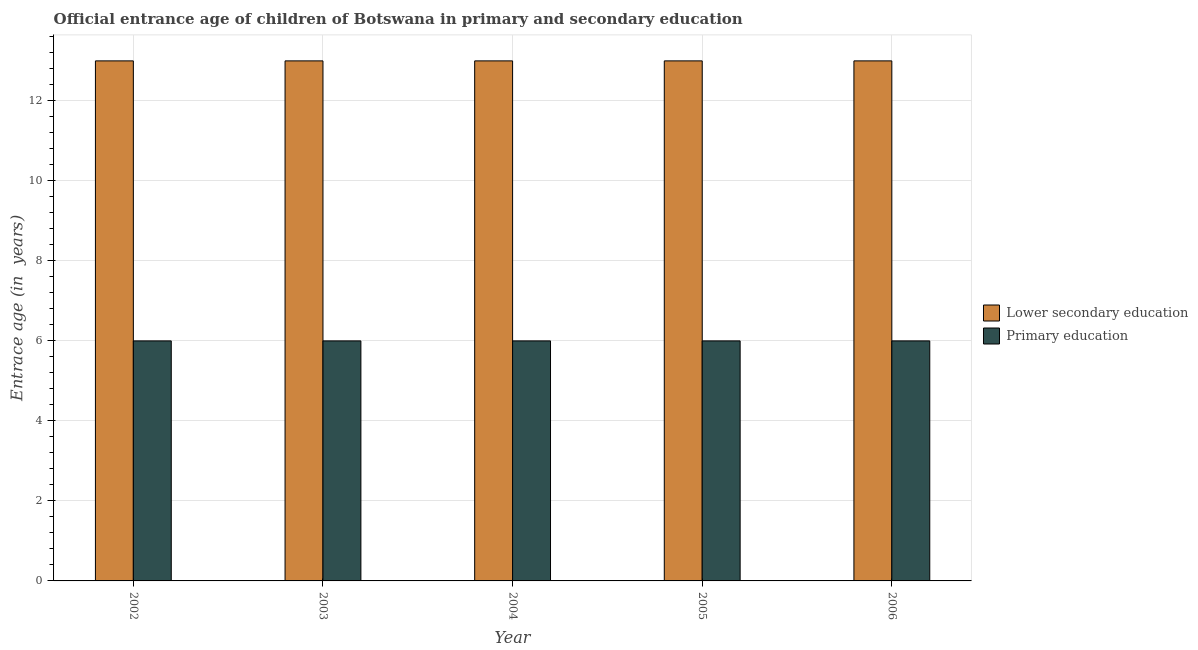
| Year | Lower secondary education | Primary education |
 | --- | --- | --- |
 | 2002 | 13 | 6 |
 | 2003 | 13 | 6 |
 | 2004 | 13 | 6 |
 | 2005 | 13 | 6 |
 | 2006 | 13 | 6 |